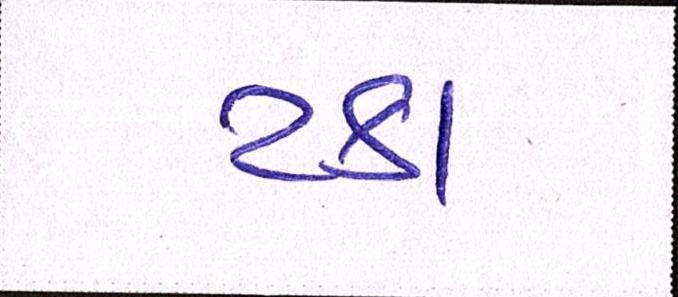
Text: ટકા